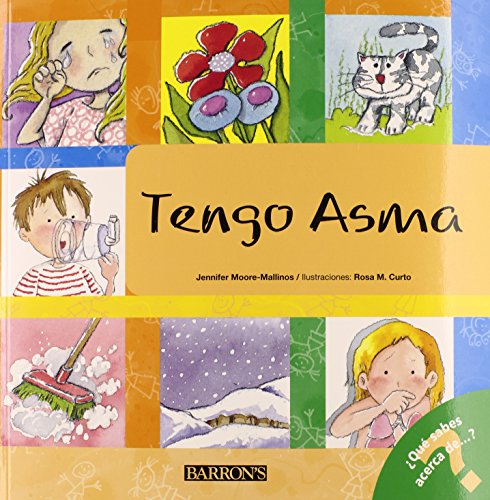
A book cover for Tengo asma: I Have Asthma (Spanish Edition) (What Do You Know About? Books); Jennifer Moore-Mallinos; Health, Fitness & Dieting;